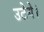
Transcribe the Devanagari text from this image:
उटेगे।